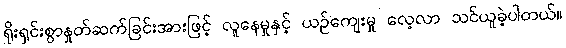
ရိုးရှင်းစွာနှုတ်ဆက်ခြင်းအားဖြင့် လူနေမှုနှင့် ယဉ်ကျေးမှု လေ့လာ သင်ယူခဲ့ပါတယ်။